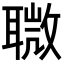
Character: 𦗈